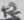
Text: K2